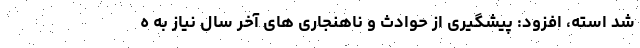
شد استه، افزود: پیشگیری از حوادث و ناهنجاری های آخر سال نیاز به ه